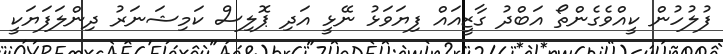
ފުލުހުން ކީއްވެގެންތޯ އަބްދު ގާޒީއައް ފިޔަވަޅު ނޭޅީ އަދި ޕޮލިސް ކަމިޝަނަރު ދިންލަފަޔަކީ